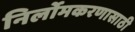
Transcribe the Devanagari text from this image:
निर्लोमकरणासाठी